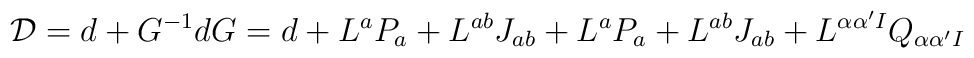
{\cal D} =d +  G^{-1} dG  = d +  L^{a} P_{a}+L^{ab} J_{ab}+                L^{a} P_{a}+L^{ab} J_{ab}+L^{\alpha\alpha'I}                Q_{\alpha\alpha'I}